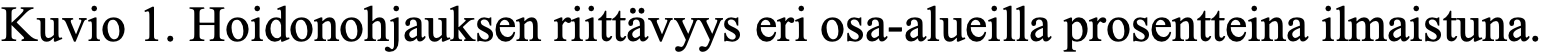
Kuvio 1. Hoidonohjauksen riittävyys eri osa-alueilla prosentteina ilmaistuna.